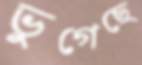
ভুগেছে